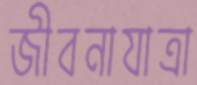
জীবনাযাত্রা